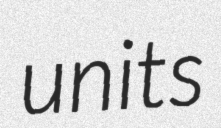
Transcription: units